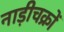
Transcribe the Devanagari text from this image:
नाड़ीचक्रों